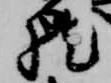
然